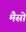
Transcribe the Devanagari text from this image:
मैसो